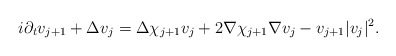
\begin{align*}i\partial_{t}v_{j+1}+\Delta v_{j}=\Delta \chi_{j+1}v_{j}+2\nabla \chi_{j+1}\nabla v_{j}-v_{j+1}|v_{j}|^{2}.\end{align*}